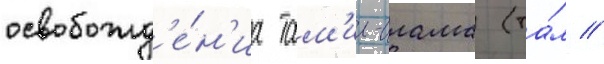
освобожд'е́н'иа там'ил-илама (та́м //